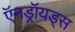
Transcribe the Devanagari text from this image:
ऍनड्रॉयड्स